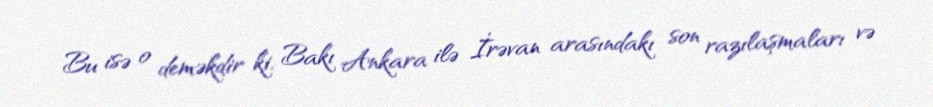
Bu isə o deməkdir ki, Bakı Ankara ilə İrəvan arasındakı son razılaşmaları və